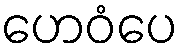
ဟေဝံပေ